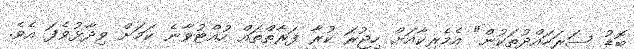
ބޮޑު ސަރަހައްދުތަކުން" އެމެރިކާއަށް ހިޖުރަ ކުރާ ފަރާތްތައް ހުއްޓުވާނެ ކަމަށް ވިދާޅުވެފަ އެވެ.